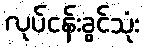
လုပ်ငန်းခွင်သုံး